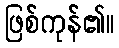
ဖြစ်ကုန်၏။